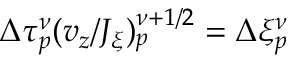
\Delta \tau _ { p } ^ { \nu } ( { v _ { z } } / J _ { \xi } ) _ { p } ^ { \nu + 1 / 2 } = \Delta \xi _ { p } ^ { \nu }